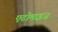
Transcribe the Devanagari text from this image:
एटोमाइज